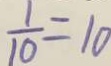
\frac { 1 } { 1 0 } = 1 0